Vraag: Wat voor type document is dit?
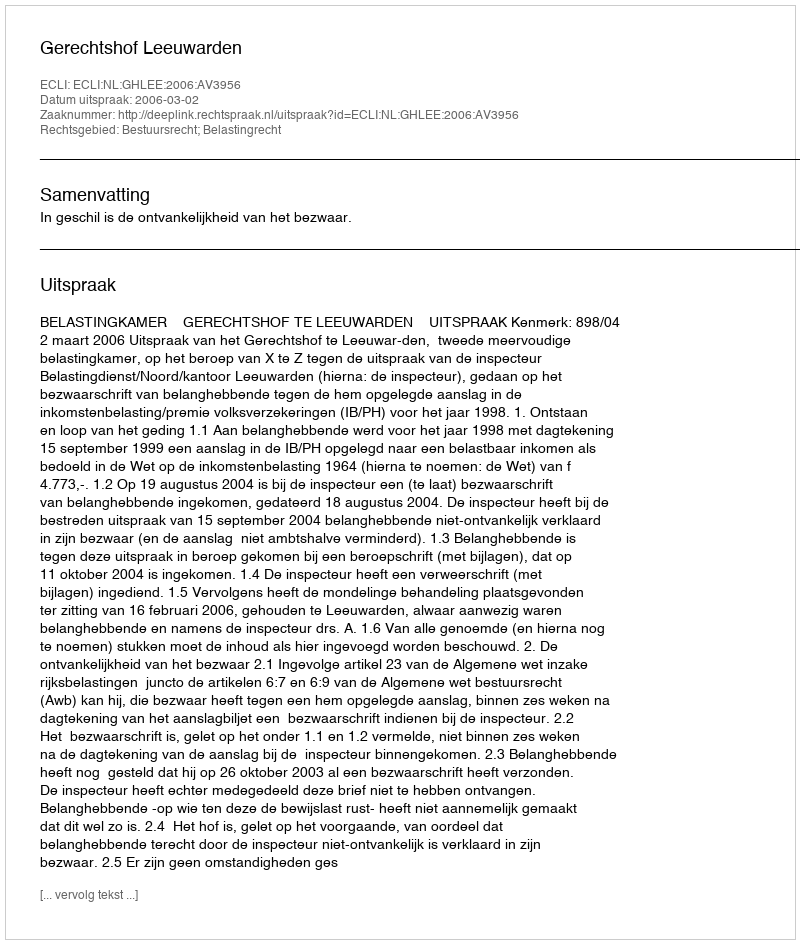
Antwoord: Uitspraak